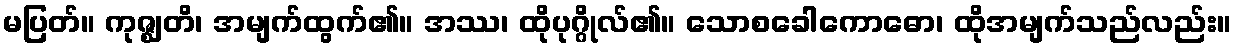
မပြတ်။ ကုဇ္ဈတိ၊ အမျက်ထွက်၏။ အဿ၊ ထိုပုဂ္ဂိုလ်၏။ သောစခေါကောဓော၊ ထိုအမျက်သည်လည်း။